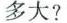
多大?